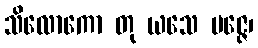
သိလောကော တု ယသေ ပဇ္ဇေ၊